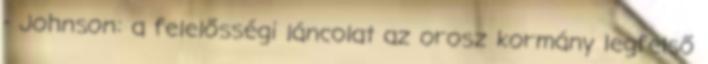
- Johnson: a felelősségi láncolat az orosz kormány legfelső